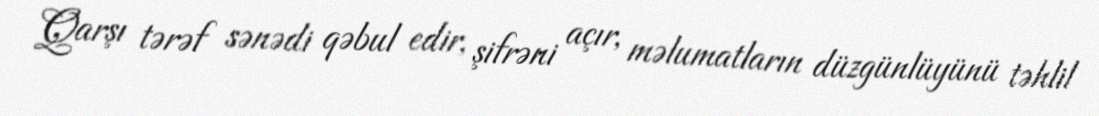
Qarşı tərəf sənədi qəbul edir, şifrəni açır, məlumatların düzgünlüyünü təhlil